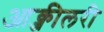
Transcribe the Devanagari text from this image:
आक्जीलरी